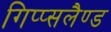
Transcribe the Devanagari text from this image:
गिप्प्सलैण्ड